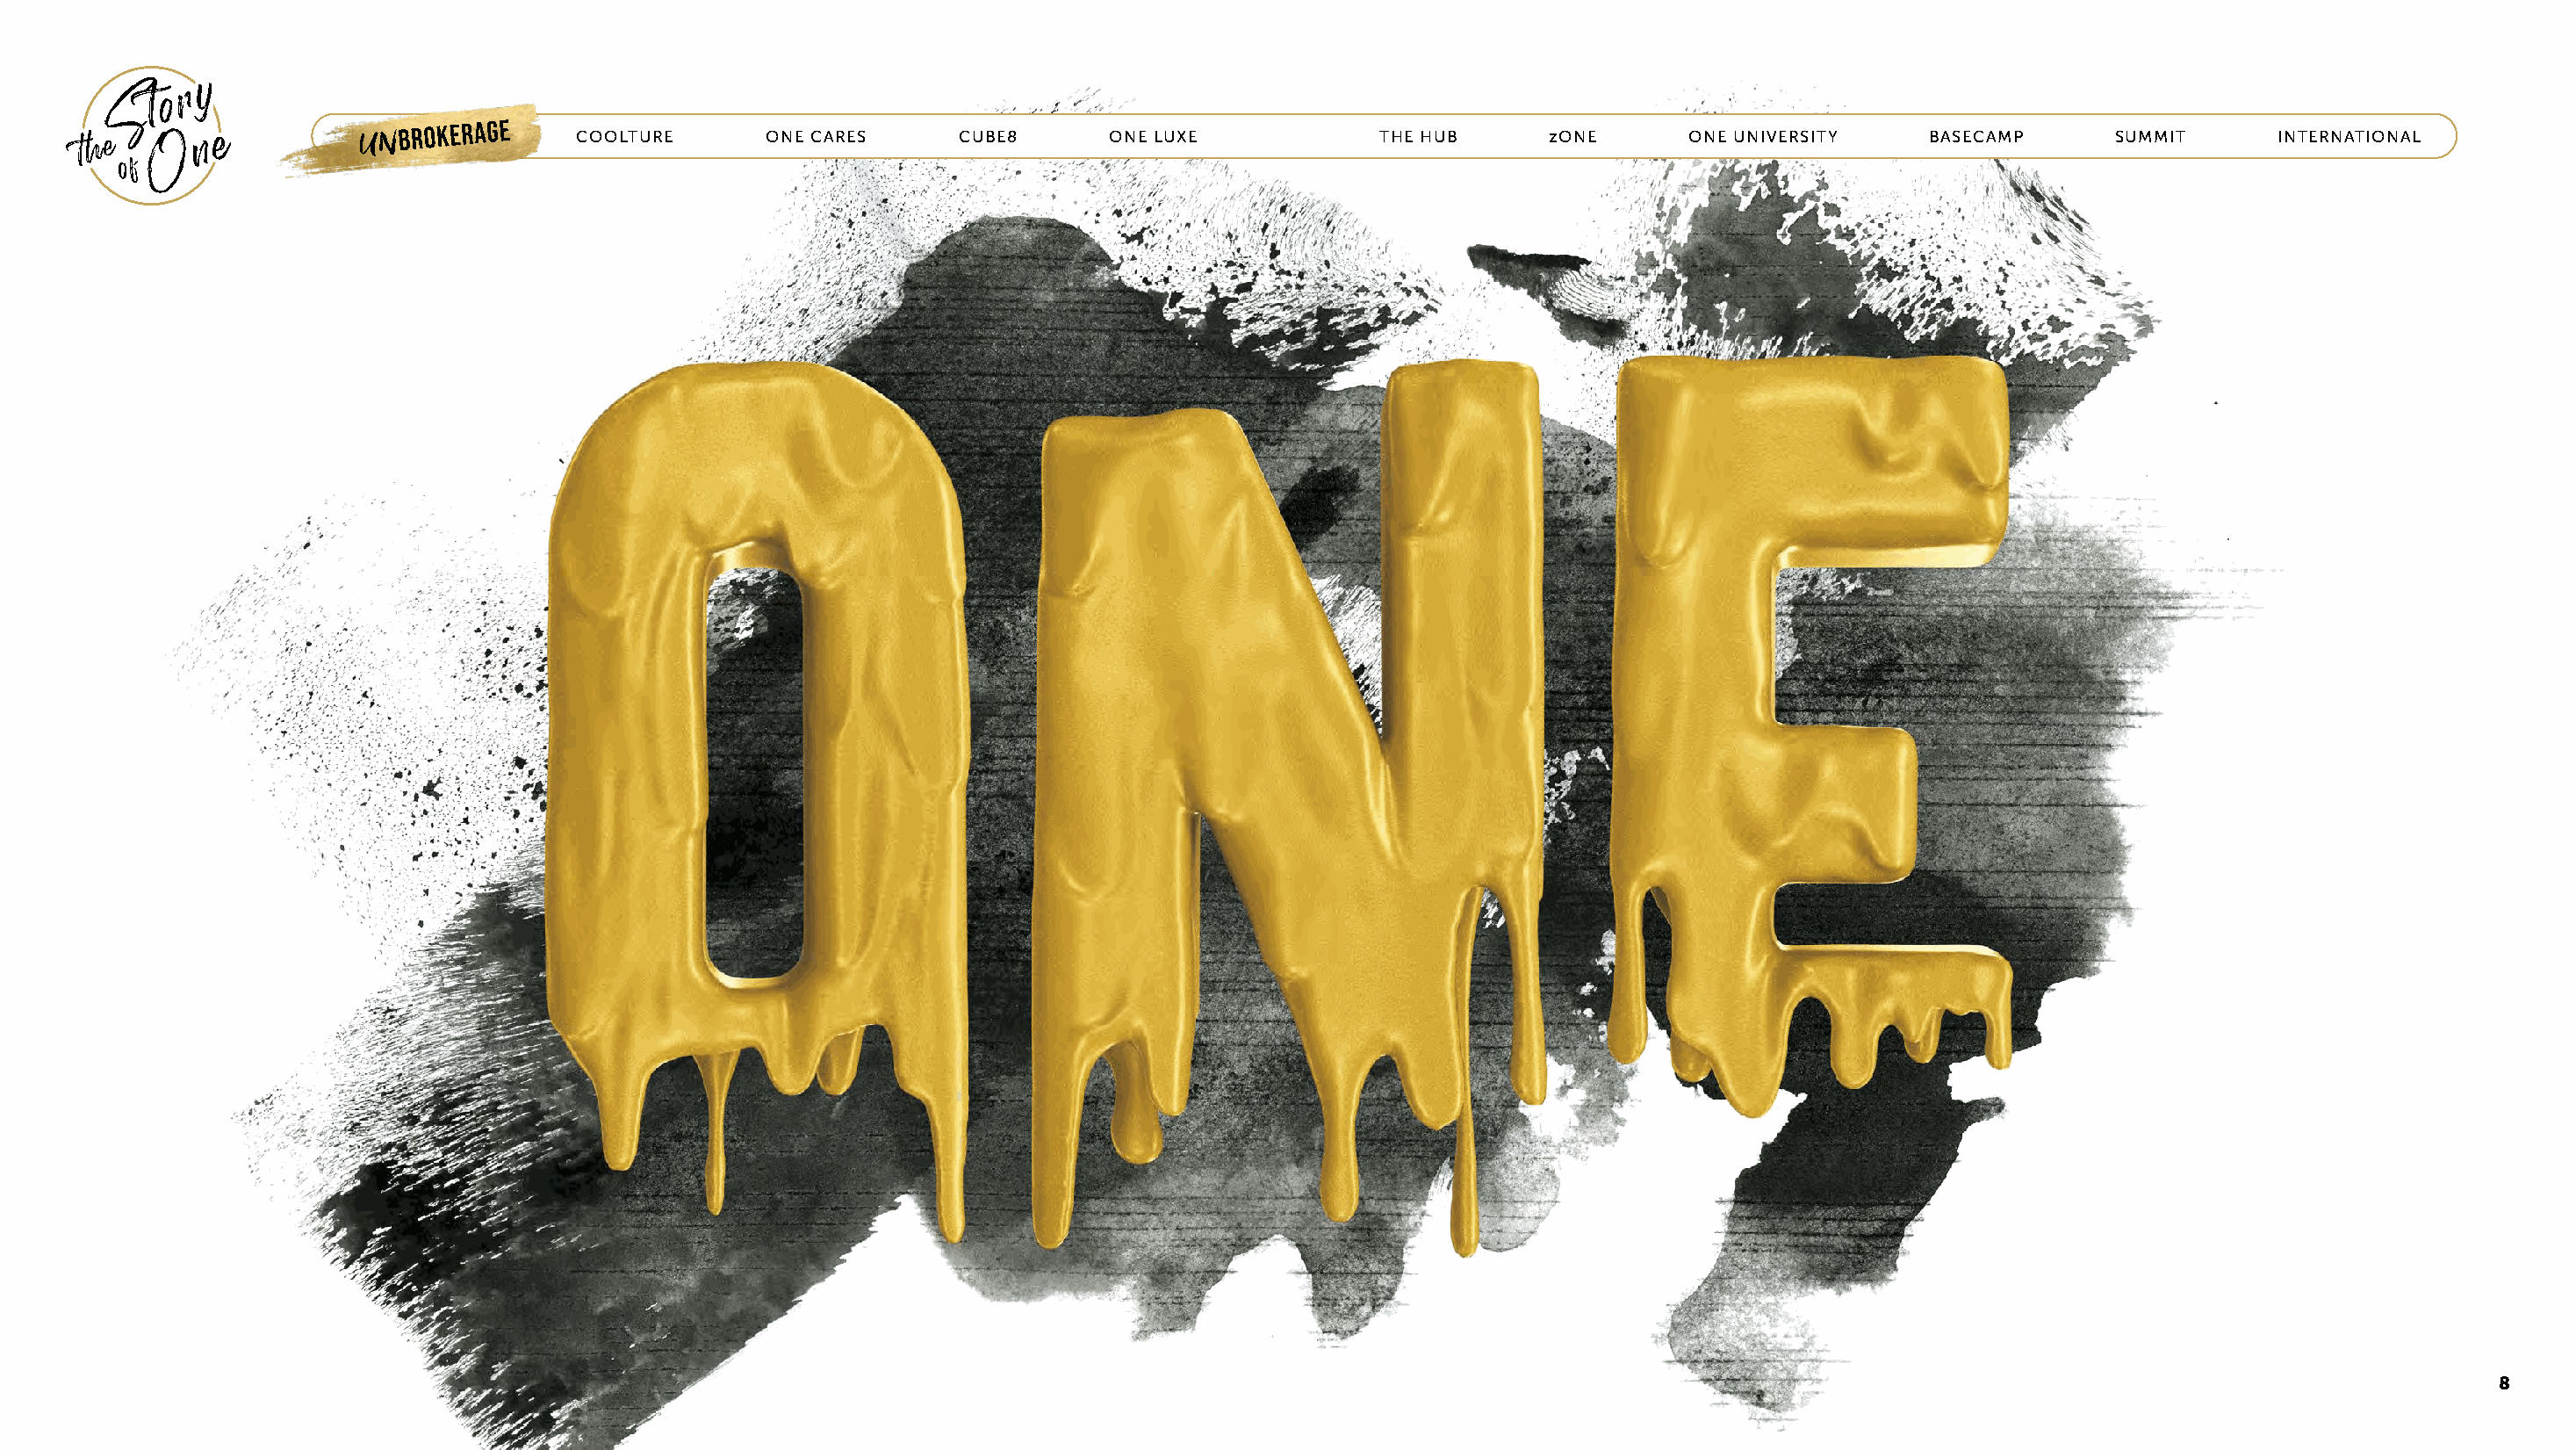
UNBROKERAGE      COOLTURE       ONE CARES     CUBE8       ONE LUXE            THE HUB      zONE      ONE UNIVERSITY    BASECAMP       SUMMIT      INTERNATIONAL
 7                                                                                                                                                                                      8